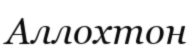
Аллохтон